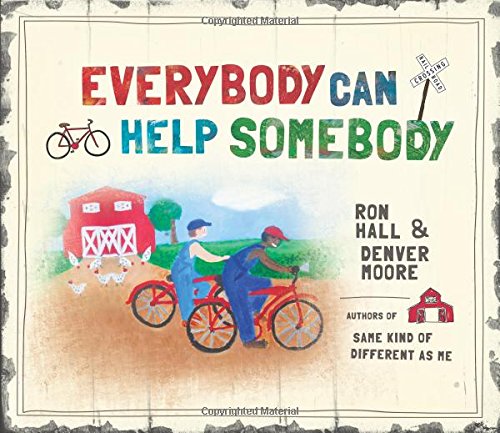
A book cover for Everybody Can Help Somebody; Ron Hall; Children's Books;